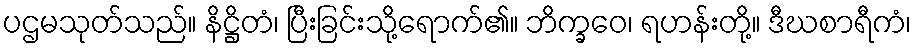
ပဌမသုတ်သည်။ နိဋ္ဌိတံ၊ ပြီးခြင်းသို့ရောက်၏။ ဘိက္ခဝေ၊ ရဟန်းတို့။ ဒီဃစာရီကံ၊